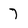
Character: 7